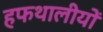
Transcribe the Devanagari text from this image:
हफथालीयों